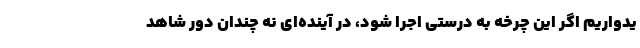
یدواریم اگر این چرخه به درستی اجرا شود، در آینده‌ای نه چندان دور شاهد